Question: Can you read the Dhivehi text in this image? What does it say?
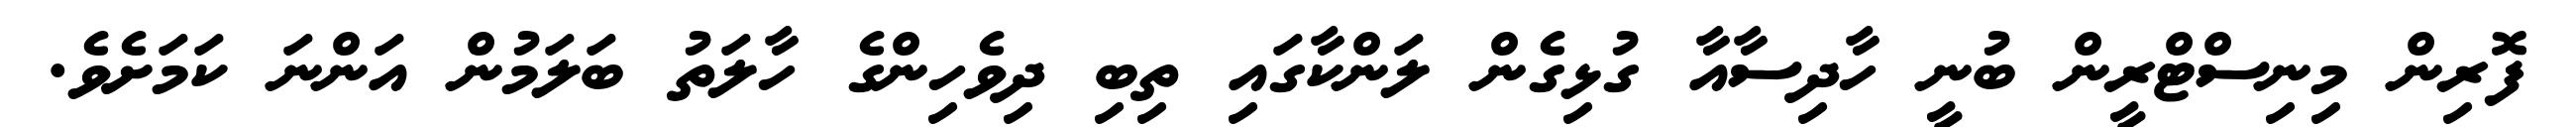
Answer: ފޮރިން މިނިސްޓްރީން ބުނީ ހާދިސާއާ ގުޅިގެން ލަންކާގައި ތިބި ދިވެހިންގެ ހާލަތު ބަލަމުން އަންނަ ކަމަށެވެ.